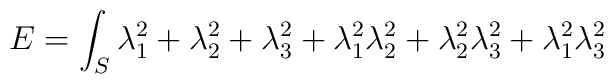
E = \int_S \lambda_1^2+\lambda_2^2+\lambda_3^2+ \lambda_1^2\lambda_2^2+\lambda_2^2\lambda_3^2+\lambda_1^2\lambda_3^2